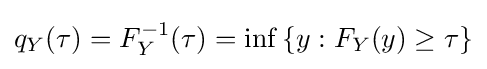
q_{Y}(\tau )=F_{Y}^{-1}(\tau )=\inf \left\{y:F_{Y}(y)\geq \tau \right\}